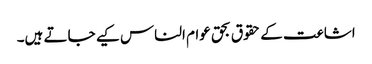
اشاعت کے حقوق بحق عوام الناس کیے جاتے ہیں۔